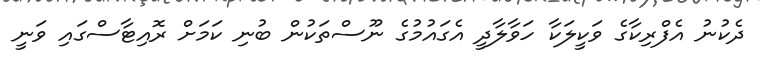
ދެކުނު އެފްރިކާގެ ވަކީލަކާ ހަވާލާދީ އެގައުމުގެ ނޫސްތަކުން ބުނި ކަމަށް ރޮއިޓާސްގައި ވަނީ